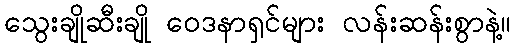
သွေးချိုဆီးချို ဝေဒနာရှင်များ လန်းဆန်းစွာနဲ့။